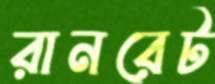
রানরেট